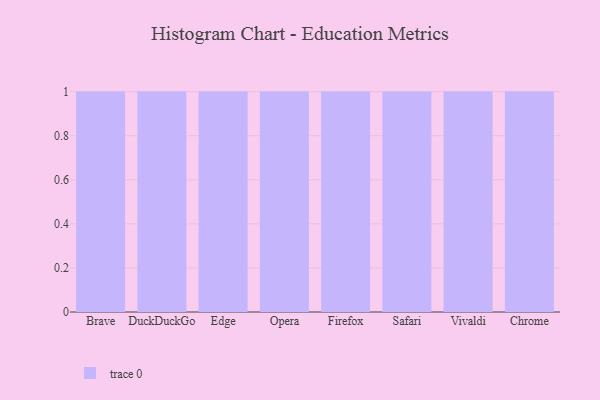
{"axis": {"x": "Browser", "y": "Revenue (USD Million)"}, "legend": [""], "data": [{"x": "Brave", "y": 38, "type": ""}, {"x": "DuckDuckGo", "y": 82, "type": ""}, {"x": "Edge", "y": 17, "type": ""}, {"x": "Opera", "y": 67, "type": ""}, {"x": "Firefox", "y": 94, "type": ""}, {"x": "Safari", "y": 33, "type": ""}, {"x": "Vivaldi", "y": 81, "type": ""}, {"x": "Chrome", "y": 58, "type": ""}]}